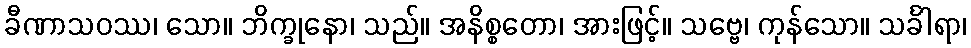
ခီဏာသဝဿ၊ သော။ ဘိက္ခုနော၊ သည်။ အနိစ္စတော၊ အားဖြင့်။ သဗ္ဗေ၊ ကုန်သော။ သင်္ခါရာ၊